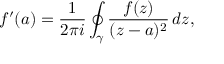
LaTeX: f ^ { \prime } ( a ) = { \frac { 1 } { 2 \pi i } } \oint _ { \gamma } { \frac { f ( z ) } { ( z - a ) ^ { 2 } } } \, d z ,